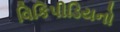
વિકિપીડિયનો